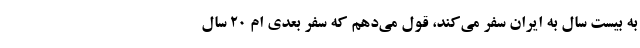
به بیست سال به ایران سفر می‌کند، قول می‌دهم که سفر بعدی ام ۲۰ سال